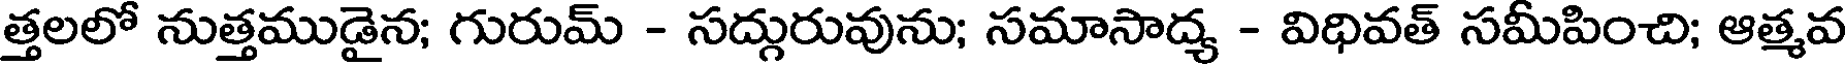
త్తలలో నుత్తముడైన; గురుమ్ - సద్గురువును; సమాసాద్య - విధివత్ సమీపించి; ఆత్మవ